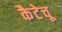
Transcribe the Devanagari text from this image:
कैटेचू